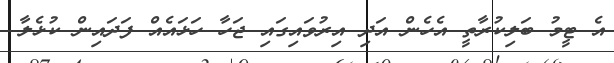
އެ ޓީމު ބަލިކުރާތީ އެހެން އަދި އިރުވައިގައި ޖަހާ ހަޅައެއް ފަދައިން ކުޅެލާ